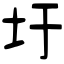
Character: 圩